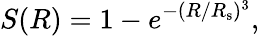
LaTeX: S(R)=1-e^{-(R/R_{\mathrm{s}})^{3}},